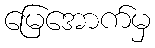
မြေအောက်မှ